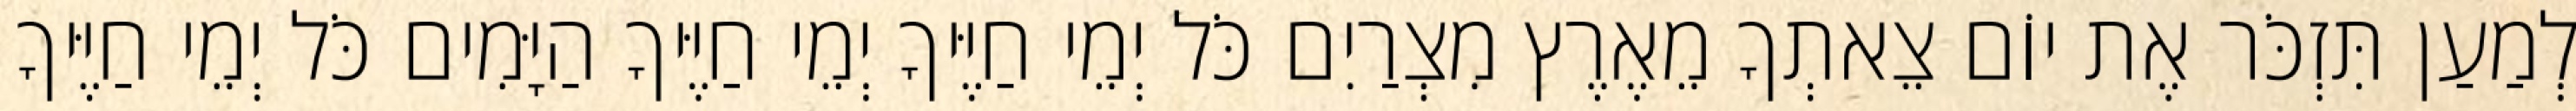
לְמַעַן תִּזְכֹּר אֶת יוֹם צֵאתְךָ מֵאֶרֶץ מִצְרַיִם כֹּל יְמֵי חַיֶּיךָ יְמֵי חַיֶּיךָ הַיָּמִים כֹּל יְמֵי חַיֶּיךָ